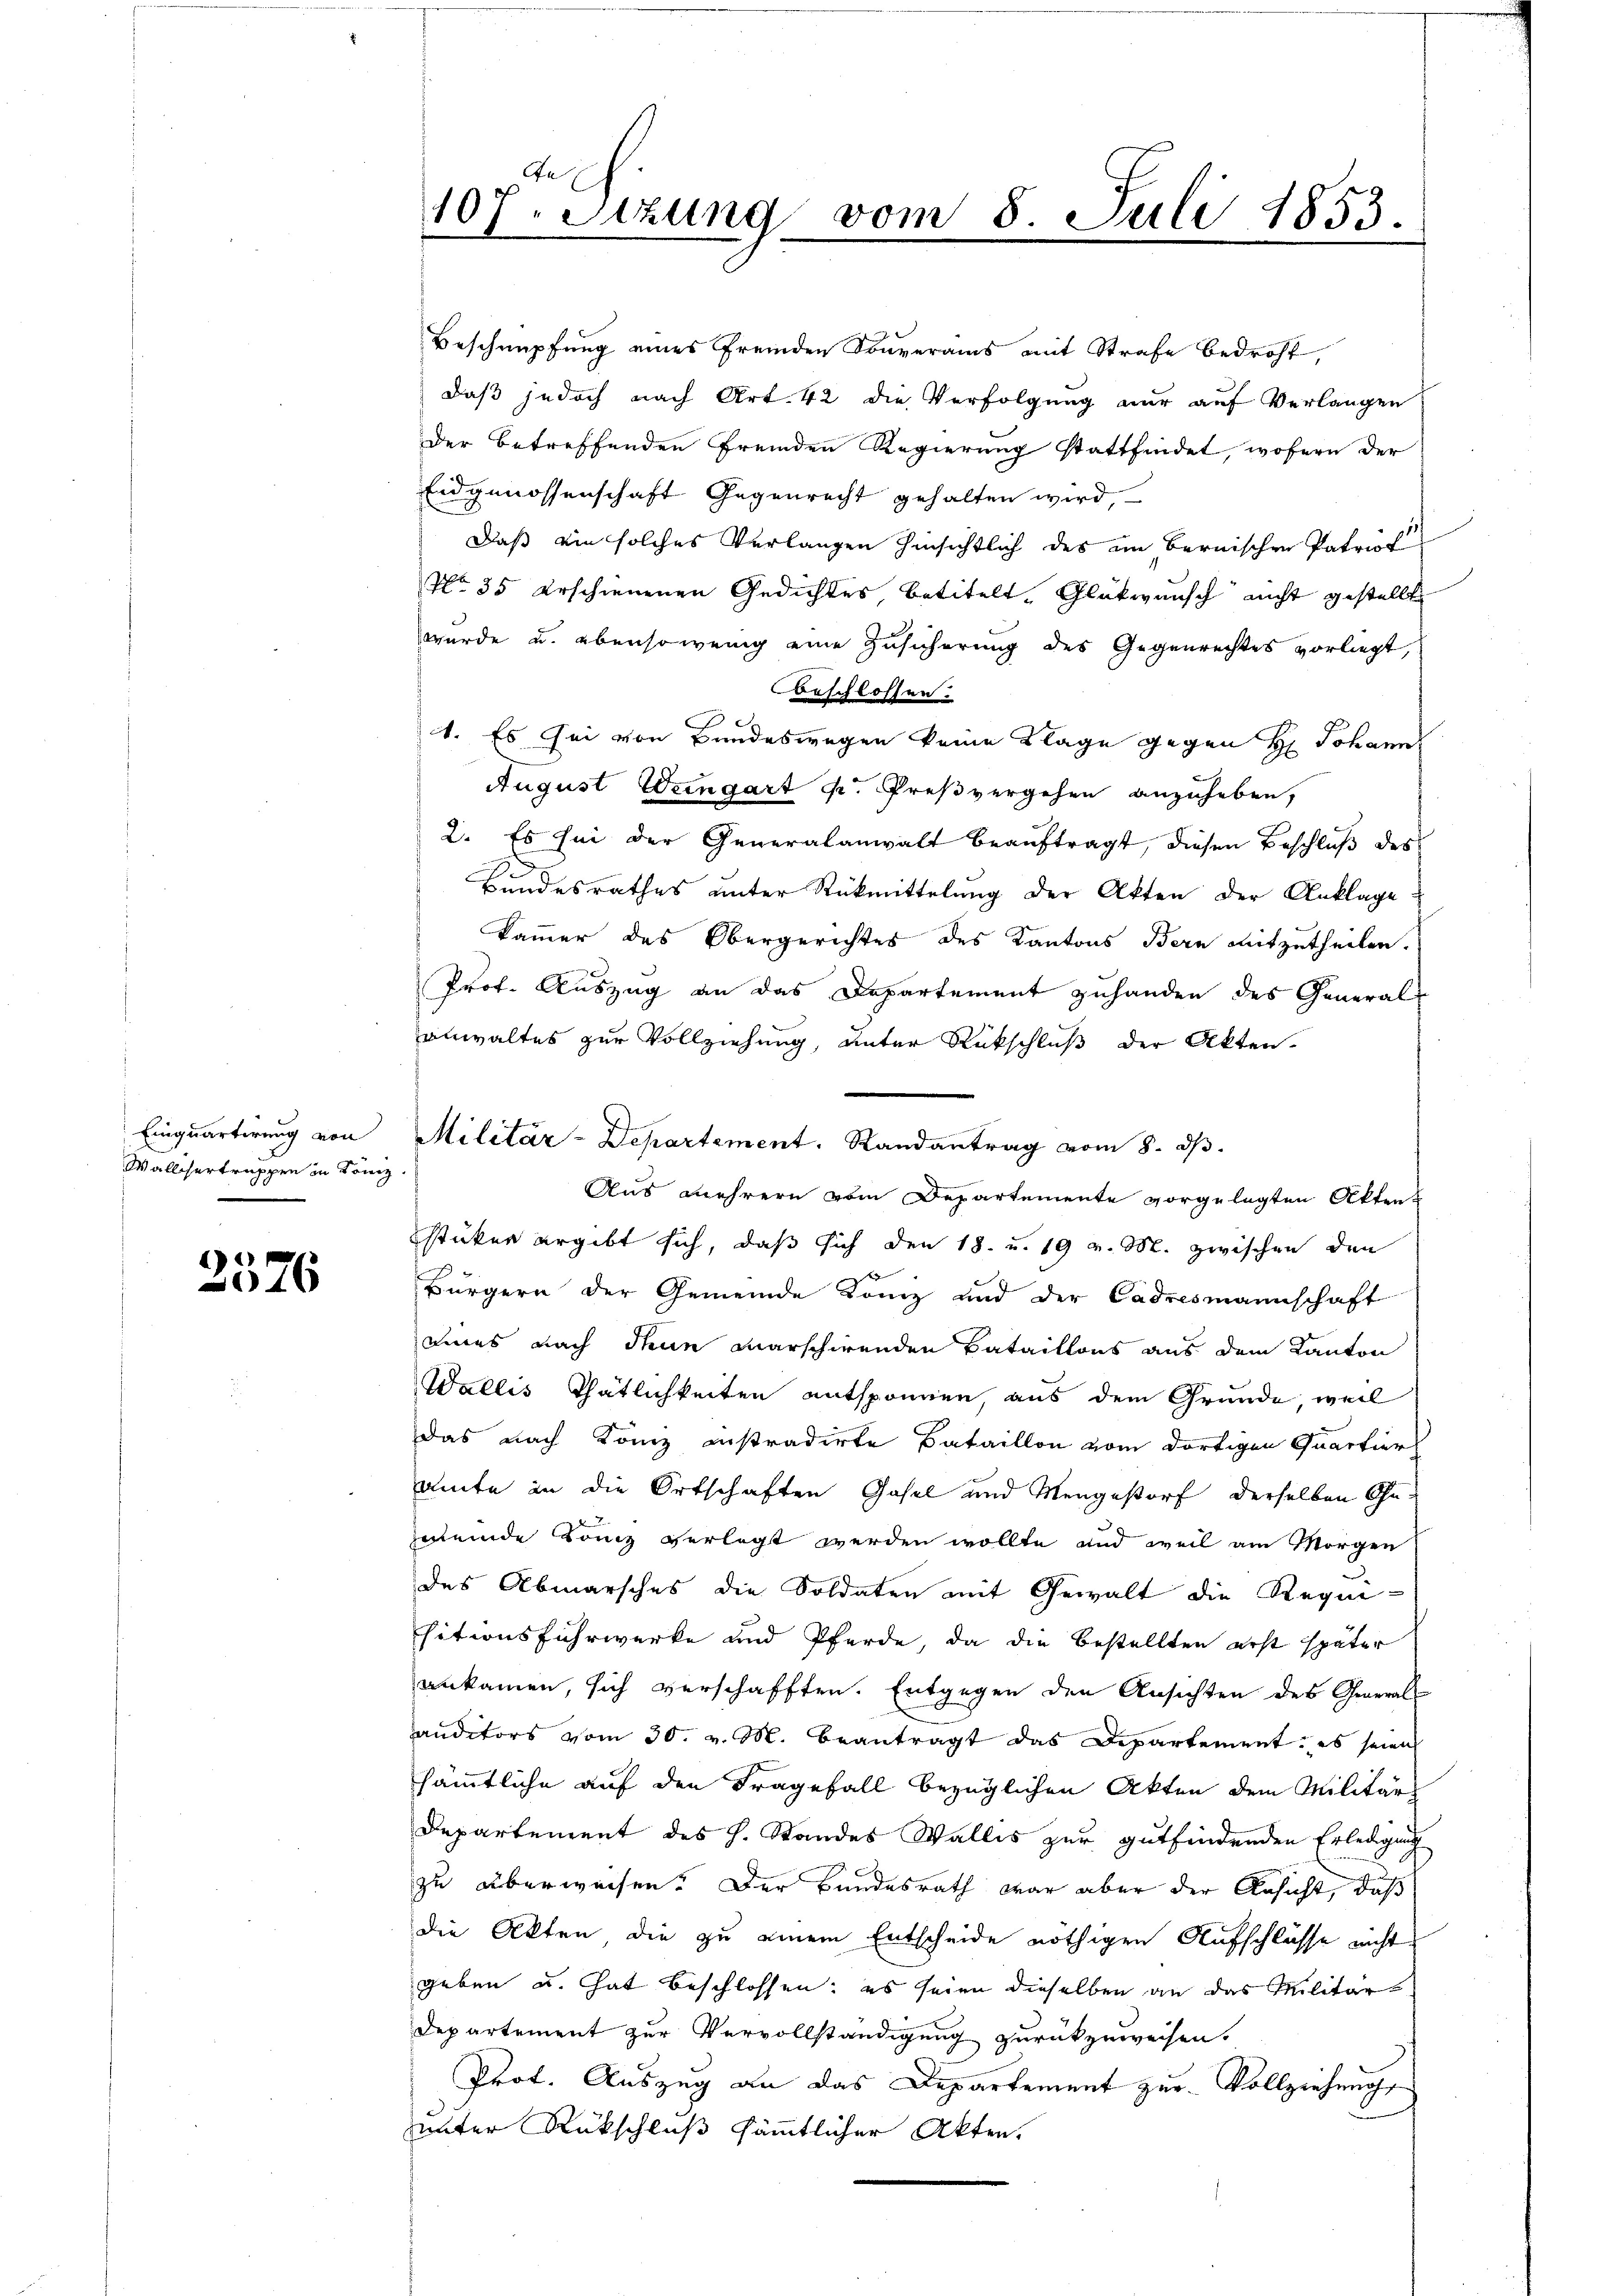
Einquartirung von
Wallisertruppen in Köniz

2576

Beschnüpfung eines fremden Souverais mit Strafe bedroht,
daß jedoch nach Art. 42 die Verfolgung nur auf Verlangen
Der betreffenden fremden Regierung stattfindet, wofern der
End genossenschaft Gegenrecht gehalten wird,
Daß ein solches Verlangen hinsichtlich des im Bernischen Patrich
No 35 erschienenen Gedichtes, betitelt. Glückwunsch nicht gestellt
wurde u. ebensowenig eine Zusicherung des Gegenrechtes vorliegt,
Beschlossen.
4. Es sei von Bundeswegen keine Klage gegen H: Johann
August Weingart u. Preßvergehen anzuheben,
2. Es sei der Generalanwalt beauftragt, diesen Beschluß des
s
Bundesrathes unter Rückmittelung der Akten der Anklage
kammer des Obergerichtes des Kantons Bern mitzutheilen.
Prof. Auszug an das Departement zuhanden des General-
anwaltes zur Vollziehung, unter Rückschluß der Akten.
Militär-Departement. Randantrag vom 8. ds.
Aus mehrern vom Departemente vorgelegten Akten
sticker ergibt sich, daß sich den 18. u. 19 v. M. zwischen den
f
Bürgern der Gemeinde Lanz und der Cadresmannschaft
eines nach denn marschirenden Bataillons aus dem Kanton
Wallis Thätlichkeiten entsponnen, aus dem Grunde, weil
das nach Köniz instradirte Bataillon vom dortigen Quartier
amte in die Ortschaften Gasel und Mengestorf derselben Gezuende Lanz verlegt werden wollte und weil am Morgen
des Abmarsches die Soldaten mit Gewalt die Requisitionsfuhrwerke und Pferde, da die bestellten erst später
ankammen, sich verschafften. Entgegen den Ansichten des General-
auditors vom 30. v. M. beantragt das Departement, es seien
sämmtliche auf den Fragefall bezüglichen Akten dem Militär
Departement des H. Standes Wallis zur gutfindenden Erledigung
zu überweisen. Der Bundesrath war aber der Ansicht, daß
die Akten die zu einem Entscheide nöthigen Aufschlüsse nicht
geben u. hat beschlossen; es seien dieselben an das Militär
Departement zur Vervollständigung zurückzuweisen.
Prof. Auszug an das Departement zur Vollziehung
unter Rückschluß sämmtlicher Akten.

An
107. Sitzung vom 8 Juli 1853.